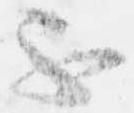
不